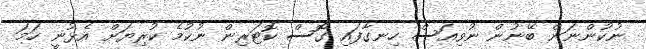
ނުކުންނަން ބޭނުން ނުވިއަސް ހިނގާފައި ގޮސް ކޮޓަރިން ނުކުމެ ކުރިޔަށް އެޅުނީ ހަމަ